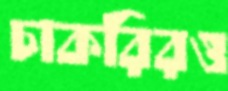
চাকরিরও